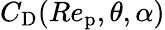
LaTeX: C_{\textup{D}}(Re_{\textup{p}},\theta,\alpha)